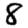
Digit: 8